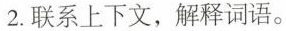
2.联系上下文，解释词语。